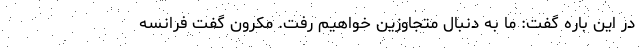
در این باره گفت: ما به دنبال متجاوزین خواهیم رفت. مکرون گفت فرانسه